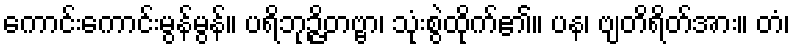
ကောင်းကောင်းမွန်မွန်။ ပရိဘုဉ္ဇိတဗ္ဗာ၊ သုံးစွဲထိုက်၏။ ပန၊ ဗျတိရိတ်အား။ တံ၊